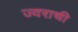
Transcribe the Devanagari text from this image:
ज्वराची